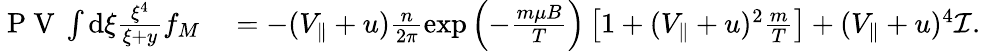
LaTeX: \begin{array}{rl}{\mathrm{~P~V~}\int\mathrm{d}\xi\frac{\xi^{4}}{\xi+y}f_{M}}&{{}=-(V_{\parallel}+u)\frac{n}{2\pi}\exp\left(-\frac{m\mu B}{T}\right)\left[1+(V_{\parallel}+u)^{2}\frac{m}{T}\right]+(V_{\parallel}+u)^{4}\mathcal{I}.}\end{array}